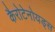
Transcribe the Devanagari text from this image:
कैरोटेनोयड्स